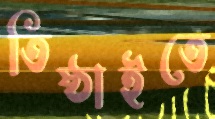
তিষ্ঠাইতে